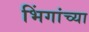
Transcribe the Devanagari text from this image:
भिंगांच्या